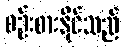
စဉ်းစားနိုင်သည်